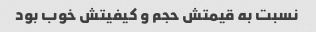
نسبت به قیمتش حجم و کیفیتش خوب بود